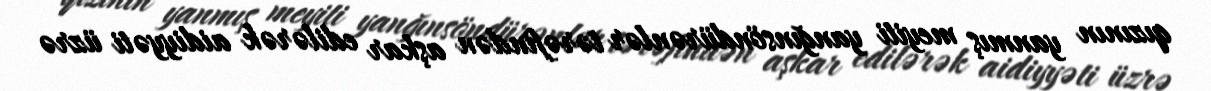
qızının yanmış meyiti yanğınsöndürənlər tərəfindən aşkar edilərək aidiyyəti üzrə